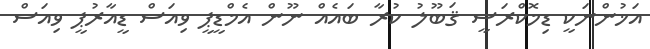
އަޚުންނަކީ ޑިމޮކްރަސީ ޤަބޫލު ކުރާ ބައެއް ނޫން އެމްޑީޕީ ވިއަސް ޑީއާރުޕީ ވިއަސް